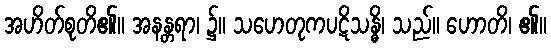
အဟိတ်စုတိ၏။ အနန္တရာ၊ ၌။ သဟေတုကပဋိသန္ဓိ၊ သည်။ ဟောတိ၊ ၏။